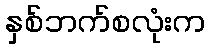
နှစ်ဘက်စလုံးက